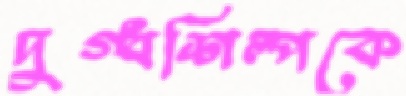
দুগ্ধশিল্পকে